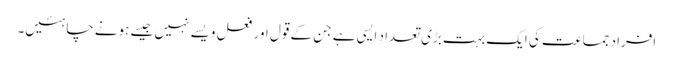
افرادِ جماعت کی ایک بہت بڑی تعداد ایسی ہے جن کے قول اور فعل ویسے نہیں جیسے ہونے چاہئیں۔